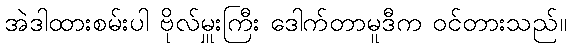
အဲဒါထားစမ်းပါ ဗိုလ်မှူးကြီး ဒေါက်တာမူဒီက ဝင်တားသည်။